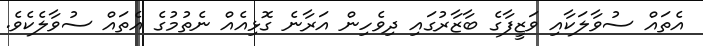
އެތައް ސުވާލަކާއި ވަޒީފާގެ ބާޒާރުގައި ދިވެހިން އަރާނެ ގޮޅިއެއް ނެތުމުގެ އެތައް ސުވާލެކެވެ.